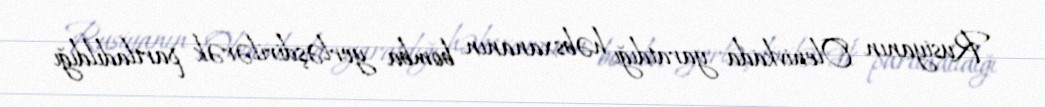
Rusiyanın Olenivkada yaratdığı həbsxananın bomba yerləşdirilərək partladıldığı